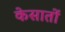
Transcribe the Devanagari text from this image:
केसातों